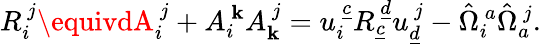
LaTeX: R_{i}^{~j}\equivdA_{i}^{~j}+A_{i}^{~\mathbf{k}}A_{\mathbf{k}}^{~j}=u_{i}^{~\underline{{{c}}}}R_{\underline{{{c}}}}^{~\underline{{{d}}}}u_{\underline{{{d}}}}^{~j}-\hat{{\Omega}}_{i}^{~a}\hat{{\Omega}}_{a}^{~j}.